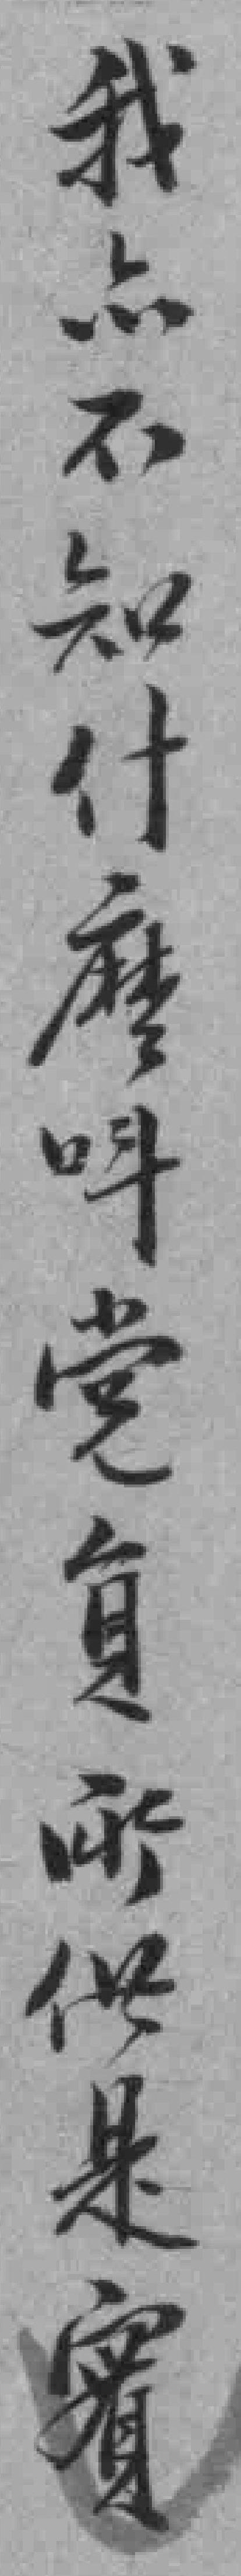
我*不知什麼呌党員所供是實